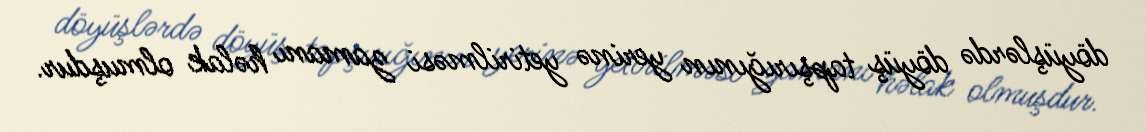
döyüşlərdə döyüş tapşırığının yerinə yetirilməsi zamanı həlak olmuşdur.